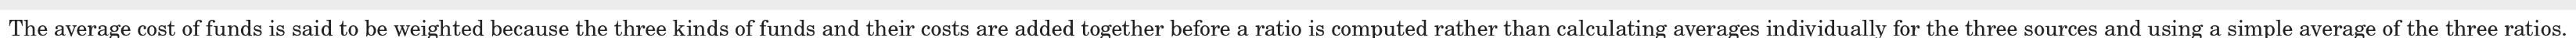
The average cost of funds is said to be weighted because the three kinds of funds and their costs are added together before a ratio is computed rather than calculating averages individually for the three sources and using a simple average of the three ratios.